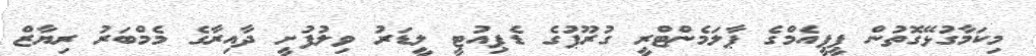
މިކަމާގުޅޭގޮތުން ޕީޕީއެމްގެ ޕާލަމެންޓްރީ ގުރޫޕުގެ ޑެޕިއުޓީ ލީޑަރު ވިލުފުށީ ދާއިރާގެ މެމްބަރު ރިޔާޒް